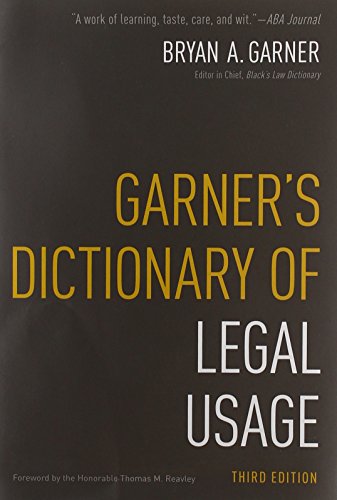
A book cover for Garner's Dictionary of Legal Usage; Bryan Garner; Law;